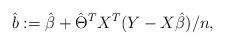
LaTeX: \begin{align*}\hat b := \hat\beta + \hat\Theta^T X^T(Y-X\hat \beta) /n,\end{align*}